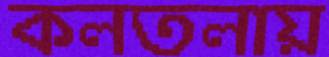
কলতলায়